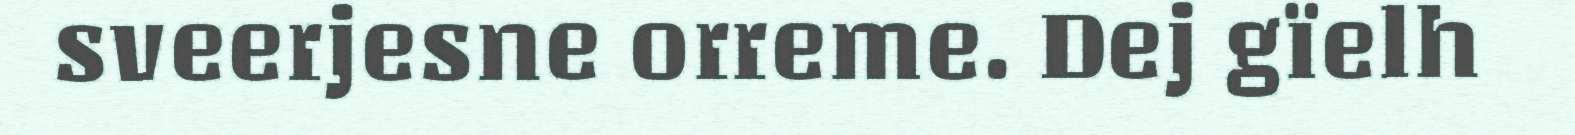
sveerjesne orreme. Dej gïelh